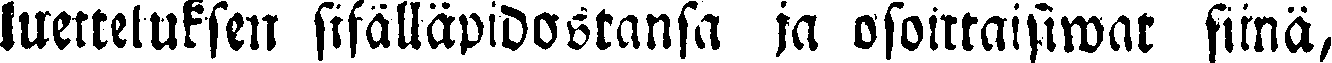
luetteluksen sisälläpidostansa ja osoittasiwat siinä,